Annual report of the Imperial Bacteriologist
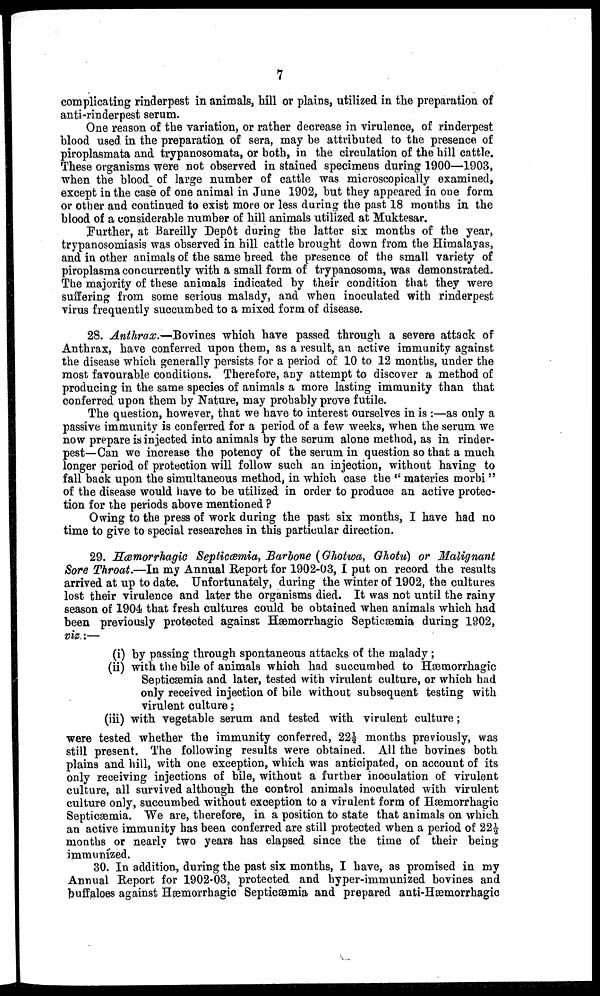
7
complicating rinderpest in animals, hill or plains, utilized in the preparation of
anti-rinderpest serum.
One reason of the variation, or rather decrease in virulence, of rinderpest
blood used in the preparation of sera, may be attributed to the presence of
piroplasmata and trypanosomata, or both, in the circulation of the hill cattle.
These organisms were not observed in stained specimens during 1900—1903,
when the blood of large number of cattle was microscopically examined,
except in the case of one animal in June 1902, but they appeared in one form
or other and continued to exist more or less during the past 18 months in the
blood of a considerable number of hill animals utilized at Muktesar.
Further, at Bareilly Depôt during the latter six months of the year,
trypanosomiasis was observed in hill cattle brought down from the Himalayas,
and in other animals of the same breed the presence of the small variety of
piroplasma concurrently with a small form of trypanosoma, was demonstrated.
The majority of these animals indicated by their condition that they were
suffering from some serious malady, and when inoculated with rinderpest
virus frequently succumbed to a mixed form of disease.
28. Anthrax.—Bovines which have passed through a severe attack of
Anthrax, have conferred upon them, as a result, an active immunity against
the disease which generally persists for a period of 10 to 12 months, under the
most favourable conditions. Therefore, any attempt to discover a method of
producing in the same species of animals a more lasting immunity than that
conferred upon them by Nature, may probably prove futile.
The question, however, that we have to interest ourselves in is:—as only a
passive immunity is conferred for a period of a few weeks, when the serum we
now prepare is injected into animals by the serum alone method, as in rinder-
pest—Can we increase the potency of the serum in question so that a much
longer period of protection will follow such an injection, without having to
fall back upon the simultaneous method, in which case the " materies morbi "
of the disease would have to be utilized in order to produce an active protec-
tion for the periods above mentioned ?
Owing to the press of work during the past six months, I have had no
time to give to special researches in this particular direction.
29. Hæmorrhagic Septicœmia, Barbone (Ghotwa, Ghotu) or Malignant
Sore Throat.—In my Annual Report for 1902-03, I put on record the results
arrived at up to date. Unfortunately, during the winter of 1902, the cultures
lost their virulence and later the organisms died. It was not until the rainy
season of 1904 that fresh cultures could be obtained when animals which had
been previously protected against Hæmorrhagic Septicæmia during 1902,
viz.:—
(i) by passing through spontaneous attacks of the malady;
(ii) with the bile of animals which had succumbed to Hæmorrhagic
Septicæmia and later, tested with virulent culture, or which had
only received injection of bile without subsequent testing with
virulent culture;
(iii) with vegetable serum and tested with virulent culture;
were tested whether the immunity conferred, 22½ months previously, was
still present. The following results were obtained. All the bovines both
plains and hill, with one exception, which was anticipated, on account of its
only receiving injections of bile, without a further inoculation of virulent
culture, all survived although the control animals inoculated with virulent
culture only, succumbed without exception to a virulent form of Hæmorrhagic
Septicæmia. We are, therefore, in a position to state that animals on which
an active immunity has been conferred are still protected when a period of 22½
months or nearly two years has elapsed since the time of their being
immunized.
30. In addition, during the past six months, I have, as promised in my
Annual Report for 1902-03, protected and hyper-immunized bovines and
buffaloes against Hæmorrhagic Septicæmia and prepared anti-Hæmorrhagic